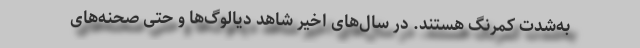
به‌شدت کمرنگ هستند. در سال‌های اخیر شاهد دیالوگ‌ها و حتی صحنه‌های